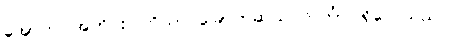
အောက်ပါအတိုင်း ကြိယာ ခြောက်ဆယ် လင်္ကာပါရှိလေသည်။